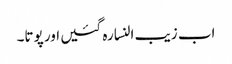
اب زیب النسا رہ گئیں اور پوتا۔